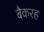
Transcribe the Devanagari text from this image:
बैकरह